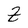
Character: Z